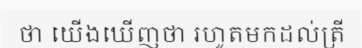
ថា យើងឃើញថា រហូតមកដល់ត្រី